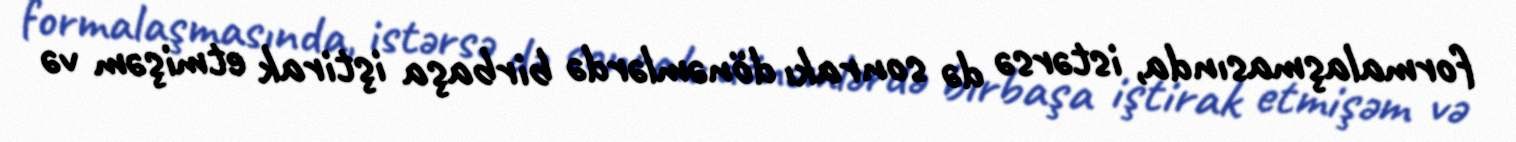
formalaşmasında, istərsə də sonrakı dönəmlərdə birbaşa iştirak etmişəm və